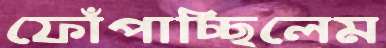
ফোঁপাচ্ছিলেম